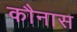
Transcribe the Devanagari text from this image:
कौनास